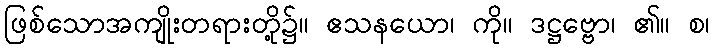
ဖြစ်သောအကျိုးတရားတို့၌။ ဧသနယော၊ ကို။ ဒဋ္ဌဗ္ဗော၊ ၏။ စ၊